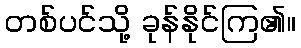
တစ်ပင်သို့ ခုန်နိုင်ကြ၏။